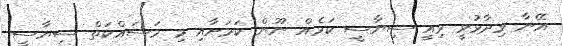
އޭނާ ވިދާޅުވީ މިއީ ސިޔާސީ ކަމެއް ނޫން ކަމަށާއި މި މަސައްކަތް ސިޔާސީ